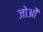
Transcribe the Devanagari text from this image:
जोओं